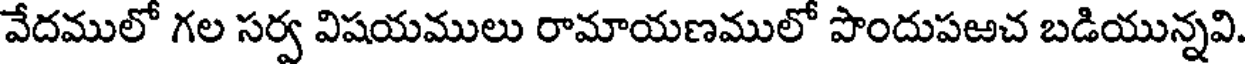
వేదములో గల సర్వ విషయములు రామాయణములో పొందుపఱచ బడియున్నవి.